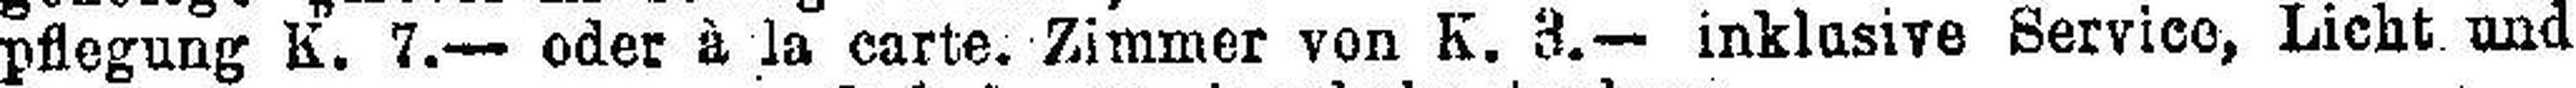
pflegung K. 7.— oder à la carte. Zimmer von K. 3.— inklusive Service, Licht und